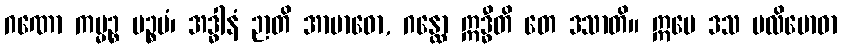
ဂဏော ကမ္မဉ္စ ပဉ္စမံ၊ အဒ္ဓါနံ ဉာတိ အာဗာဓော, ဂန္ထော ဣဒ္ဓီတိ တေ ဒသာတိ။ ဣမေ ဒသ ပလိဗောဓာ